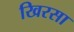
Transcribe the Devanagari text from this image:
खिरसा